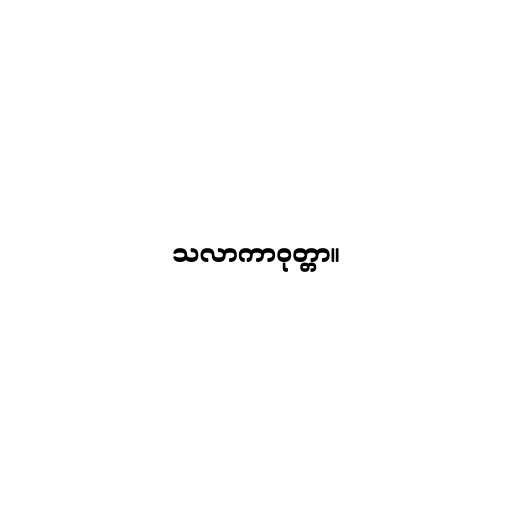
သလာကာဝုတ္တာ။